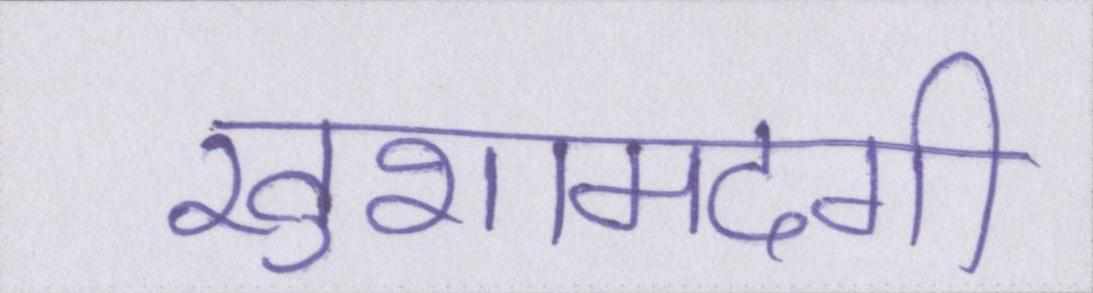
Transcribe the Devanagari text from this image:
खुशामदगी